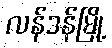
လန်ဒန်မြို့